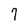
Character: 7